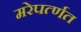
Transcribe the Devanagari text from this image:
मरेपर्त्णत